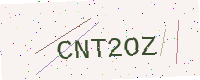
Text: CNT2OZ